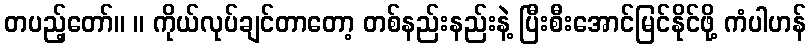
တပည့်တော်။ ။ ကိုယ်လုပ်ချင်တာတော့ တစ်နည်းနည်းနဲ့ ပြီးစီးအောင်မြင်နိုင်ဖို့ ကံပါဟန်